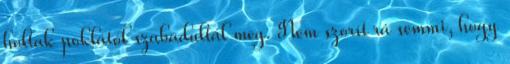
holtak poklától szabadultál meg. Nem szorít rá semmi, hogy